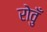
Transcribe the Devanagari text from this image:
रोवुँ